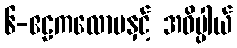
၆-ဧဠကလောမနှင့် အဓိပ္ပါယ်